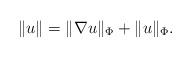
LaTeX: \begin{align*}\Vert u \Vert = \Vert \nabla u \Vert_{\Phi} + \Vert u \Vert_{\Phi}.\end{align*}